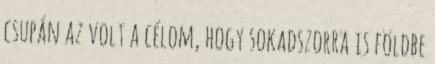
csupán az volt a célom, hogy sokadszorra is földbe